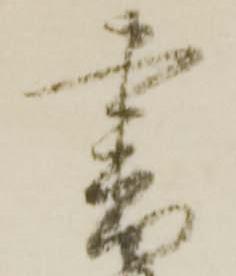
書